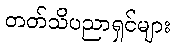
တတ်သိပညာရှင်များ